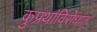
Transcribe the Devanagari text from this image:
कुप्रथांविरोधात